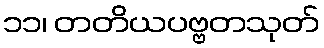
၁၁၊ တတိယပဗ္ဗတသုတ်